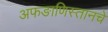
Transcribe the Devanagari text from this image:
अफङाणिस्तानचे